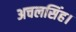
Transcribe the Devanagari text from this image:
अचलसिंह।